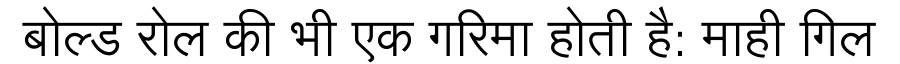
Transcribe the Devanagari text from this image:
बोल्ड रोल की भी एक गरिमा होती है: माही गिल